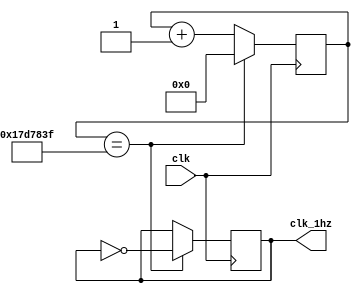
module divi_1hz(clk,clk_1hz);
 input clk;
 output reg clk_1hz;
 reg [39:0]count;
 always@(posedge clk)
 begin
  if(count==24999999)
  begin
   clk_1hz<=~clk_1hz;
   count<=0;
  end
  else
  begin
   count=count+1;
  end
 end
endmodule